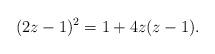
LaTeX: \begin{align*}(2z-1)^2=1+4z(z-1).\end{align*}